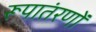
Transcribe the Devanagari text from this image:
रूपातंरणों